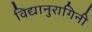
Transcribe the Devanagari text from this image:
विद्यानुरागिनी